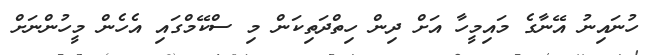
ހުނައިނު އޭނާގެ މައިމީހާ އަށް ދިން ހިތްދަތިކަން މި ސްކޭމްގައި އެހެން މީހުންނަށް